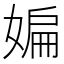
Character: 媥